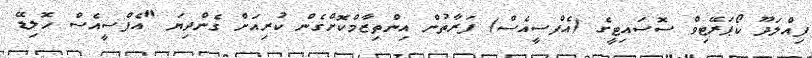
ފިއްލަދޫ ކޯޕަރޭޓިވް ސޮސައިޓީގެ (އެފްސީއެސް) ފަރާތުން އިންތިޒާމްކޮށްގެން ކުރިއަށް ގެންދިޔަ "އެފްސީއެސް ހޮލިޑޭ